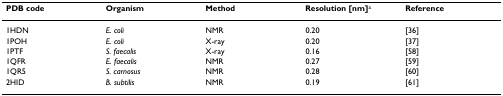
<table><thead><tr><td><b>PDB code</b></td><td><b>Organism</b></td><td><b>Method</b></td><td><b>Resolution [nm]<sup>a</sup></b></td><td><b>Reference</b></td></tr></thead><tbody><tr><td>1HDN</td><td><i>E. coli</i></td><td>NMR</td><td>0.20</td><td>[36]</td></tr><tr><td>1POH</td><td><i>E. coli</i></td><td>X-ray</td><td>0.20</td><td>[37]</td></tr><tr><td>1PTF</td><td><i>S. faecalis</i></td><td>X-ray</td><td>0.16</td><td>[58]</td></tr><tr><td>1QFR</td><td><i>E. faecalis</i></td><td>NMR</td><td>0.27</td><td>[59]</td></tr><tr><td>1QR5</td><td><i>S. carnosus</i></td><td>NMR</td><td>0.28</td><td>[60]</td></tr><tr><td>2HID</td><td><i>B. subtilis</i></td><td>NMR</td><td>0.19</td><td>[61]</td></tr></tbody></table>